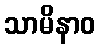
သာမိနာဝ